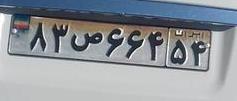
۸۳ص۶۶۴۵۴